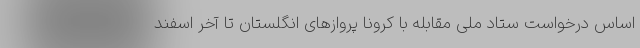
اساس درخواست ستاد ملی مقابله با کرونا پروازهای انگلستان تا آخر اسفند